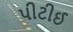
પીટીઈ